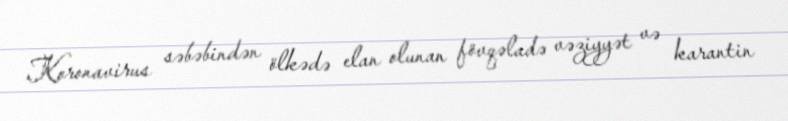
Koronavirus səbəbindən ölkədə elan olunan fövqəladə vəziyyət və karantin